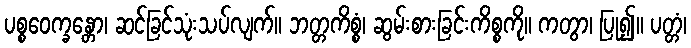
ပစ္စဝေက္ခန္တော၊ ဆင်ခြင်သုံးသပ်လျက်။ ဘတ္တကိစ္စံ၊ ဆွမ်းစားခြင်းကိစ္စကို။ ကတွာ၊ ပြု၍။ ပတ္တံ၊